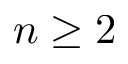
n \ge 2